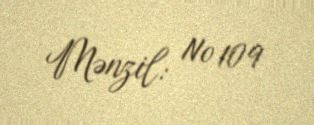
Mənzil: № 109